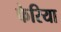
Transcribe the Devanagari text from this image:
फेरिया